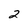
Character: 2